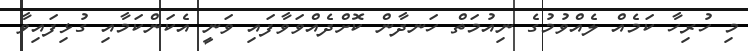
މި ހުރިހާ ކަމެއް ލެއްވުމުގެ ނިއުމަތް ހަނދާން ކޮށްދެއްވަވާފައި ވަނީ އެކަންކަމާއި ގުޅިފައިވާ